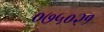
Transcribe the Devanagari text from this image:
०७५०२१